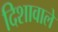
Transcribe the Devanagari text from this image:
दिशावाले